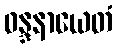
ဝန္ဒနာယေတံ